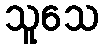
သူသေ